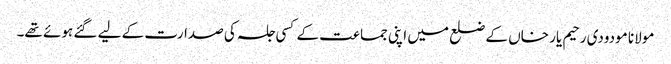
مولانا مودودی رحیم یار خاں کے ضلع میں اپنی جماعت کے کسی جلسہ کی صدارت کے لیے گئے ہوئے تھے۔